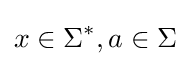
x\in \Sigma ^{*},a\in \Sigma